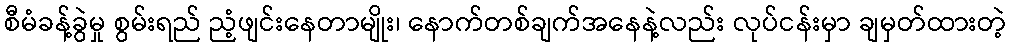
စီမံခန့်ခွဲမှု စွမ်းရည် ညံ့ဖျင်းနေတာမျိုး၊ နောက်တစ်ချက်အနေနဲ့လည်း လုပ်ငန်းမှာ ချမှတ်ထားတဲ့